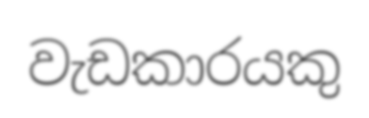
වැඩකාරයකු